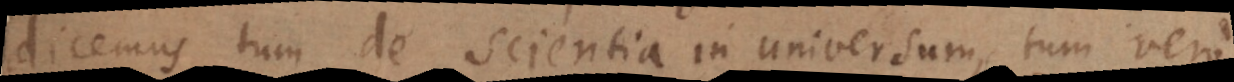
dicemus tum de Scientia in universum, tum vero